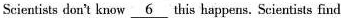
Scientists don't know \underline{6} this happens. Scientists find